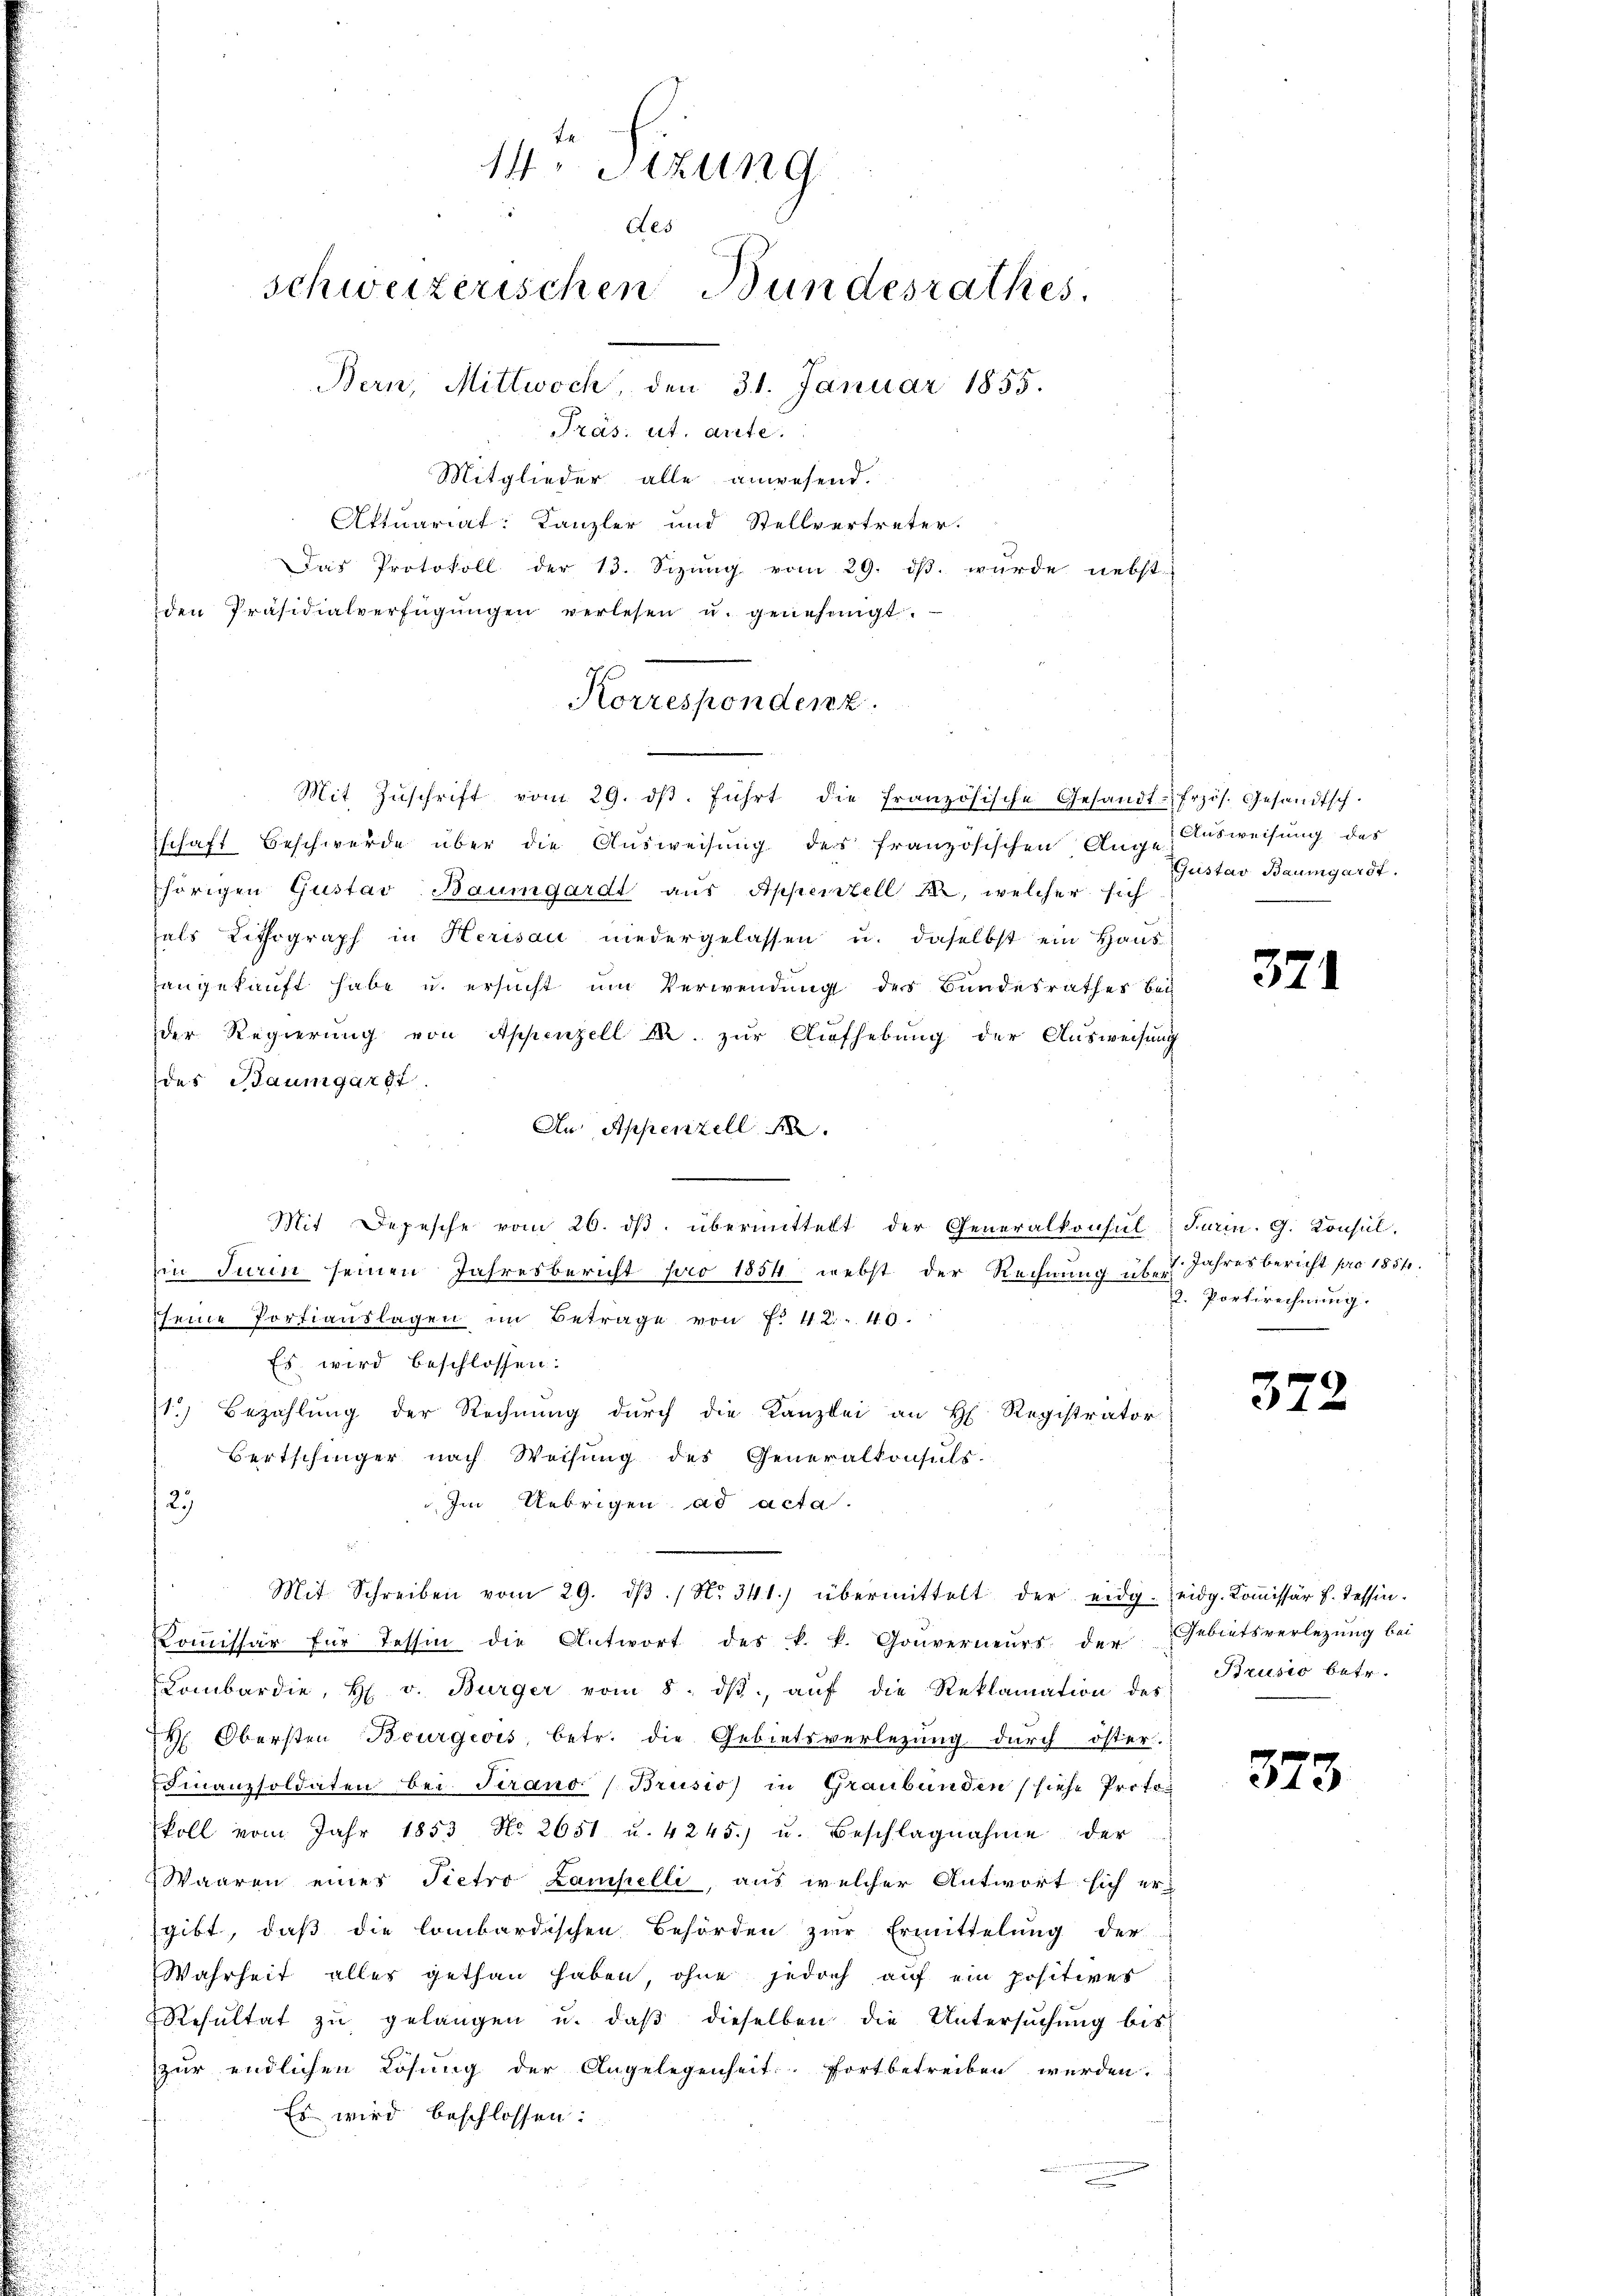
14. Sizung
des
schweizerischen Bundesrathes.
Bern, Mittwoch, den 31. Januar 1855.
Präs. ut. ante.

Mitglieder alle anwesend.
Aktuariat: Kanzler und Stellvertreter.
Das Protokoll der 13. Sizŭng vom 29. dβ. wurde nebst
den Präsidialverfügŭngen verlesen u. genehmigt.
Mit Zŭschrift vom 29. dβ. führt die französische Gesandt-frzös. Gesandtsch.
schaft Beschwerde über die Ausweisung des französischen Auge Ausweisung des
hörigen Gustav Baumgardt aus Appenzell M., welcher sich
als Lithograph in Herisau niedergelassen u. daselbst ein Haus
angekauft habe u. ersucht um Verwendung des Bundesrathes Bei-
der Regierung von Appenzell M. zur Aufhebung der Ausweisung
des Baumgardt
An Appenzell A.
Mit Depesche vom 26. dβ übermittelt der Generalkonsul-Turin. G. Consil.
in Turin seinen Jahresbericht pro 1854 nebst der Rechnung über
seine Portiauslagen im Betrage von f. 412. 40.
Es wird beschlossen:
1.) Bezahlung der Rechnung durch die Kanzlei an H. Registrator
Bertschinger nach Weisung des Generalkonsuls.
Im Uebrigen ad acta.
12)
Mit Schreiben vom 29. dβ. / No. 341.) übermittelt der eidg. eidg. Koṁissär H. Tessin.
Koṁissär für Tessin die Antwort des k. k. Gouverneurs der Gebietsverletzung bei
Combardie, H. v. Bürger vom 8. dβ aŭf die Reklamation des
h
H. Obersten Bourgeois, betr. die Gebietsverlegung durch öster.
Finanzsoldaten bei Frano Brusio in Graubünden (siehe Protokoll vom Jahr 1853 No 2651 u. 4245. u. Beschlagnahme der
Waaren einer Pietro Lampelli, aus welcher Antwort sich ergibt, daß die lombardischen Behörden zur Ermittelung der
Wahrheit alles gethan haben, ohne jedoch auf ein positiver
Resultat zu gelangen u. daß dieselben die Untersuchung bis
zur endlichen Lösung der Angelegenheit fortbetreiben werden.
Es wird beschlossen:
e

Korrespondenz.

Gustav Baumgardt.

371

7. Jahresbericht pro 1851.
2. Portirechnung.

372

Brusio betr.

373